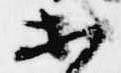
等